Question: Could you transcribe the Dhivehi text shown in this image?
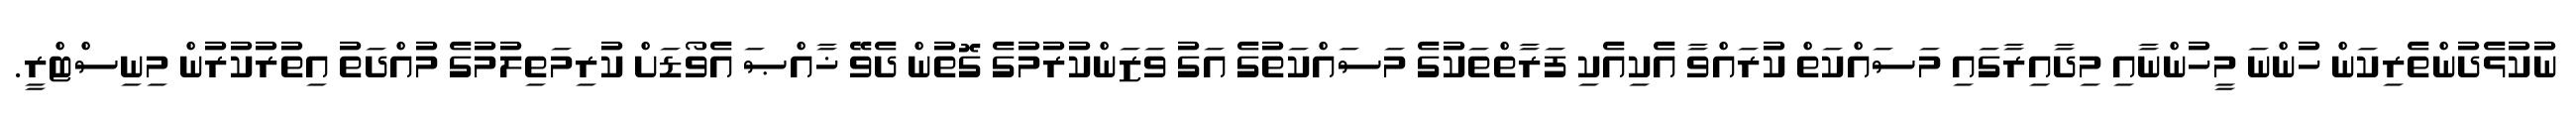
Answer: ނުކުޅެދުންތެރިކަން ހުންނަ މީހުންނާއި މިދާއިރާގައި މަސައްކަތް ކުރައްވާ އެކިއެކި ފަރާތްތަކުގެ މަސައްކަތުގެ އަގު ވަޒަންކުރުމުގެ ގޮތުން ދެވޭ ޚާއްޞަ އެވޯޑަށް ކުރިމަތިލުމުގެ މުއްދަތު އިތުރުކުރުން މިނިސްޓްރީ.